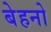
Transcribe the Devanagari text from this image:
बेहनो